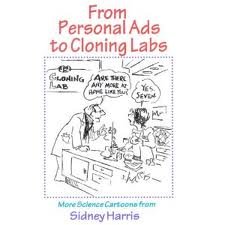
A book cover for From Personal Ads to Cloning Labs: More Science Cartoons from Sidney Harris; Sidney Harris; Humor & Entertainment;